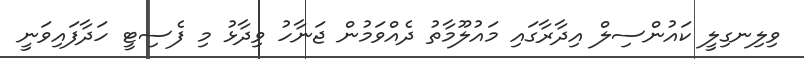
ވިލިނގިލީ ކައުންސިލް އިދާރާގައި މައުލޫމާތު ދެއްވަމުން ޖަނާހު ވިދާޅު މި ފެސިޓީ ހަދާފައިވަނީ